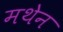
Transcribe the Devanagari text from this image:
मथेन